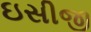
ઇસીજી